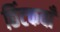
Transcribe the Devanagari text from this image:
छिंटकवाँ